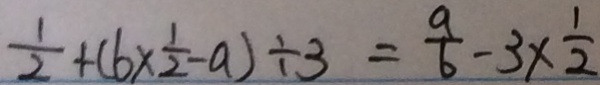
\frac { 1 } { 2 } + ( 6 \times \frac { 1 } { 2 } - a ) \div 3 = \frac { a } { 6 } - 3 \times \frac { 1 } { 2 }